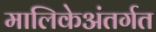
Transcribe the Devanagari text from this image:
मालिकेअंतर्गत